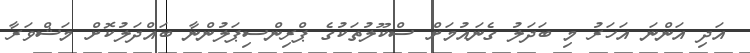
އަދި އަންނަ އަހަރު މި ބަދަލު ގެނައުމަށް ސްކޫލުތަކުގެ ޕްރިންސިޕަލުންނާ ބައްދަލުކޮށް މަޝްވަރާ